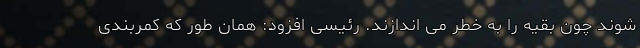
شوند چون بقیه را به خطر می اندازند. رئیسی افزود: همان طور که کمربندی